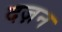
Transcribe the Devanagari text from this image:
दज़न